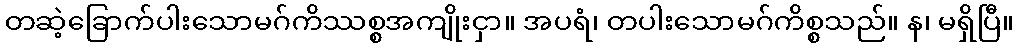
တဆဲ့ခြောက်ပါးသောမဂ်ကိဿစ္စအကျိုးငှာ။ အပရံ၊ တပါးသောမဂ်ကိစ္စသည်။ န၊ မရှိပြီ။